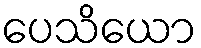
ပေသိယော